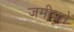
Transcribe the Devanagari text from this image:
जमीयते